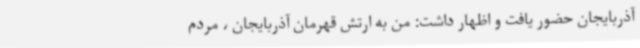
آذربایجان حضور یافت و اظهار داشت: من به ارتش قهرمان آذربایجان ، مردم